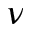
\nu